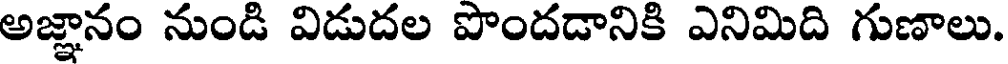
అజ్ఞానం నుండి విడుదల పొందడానికి ఎనిమిది గుణాలు.